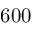
6 0 0